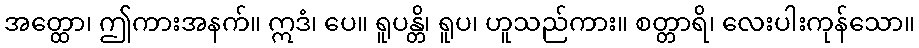
အတ္ထော၊ ဤကားအနက်။ ဣဒံ၊ ပေ။ ရူပန္တိ၊ ရူပ၊ ဟူသည်ကား။ စတ္တာရိ၊ လေးပါးကုန်သော။